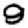
Digit: 9